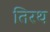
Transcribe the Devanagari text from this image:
तिरथ